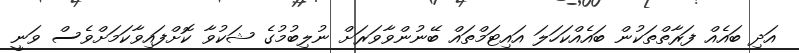
އަދި ބައެއް ފަރާތްތަކުން ބައެއްކަހަލަ އައިޓަމްތައް ބޭނުންވާވަރަށް ނުލިބުމުގެ ޝަކުވާ ކޮށްފައިވާކަމަށްވެސް ވަނީ